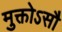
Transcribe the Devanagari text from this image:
मुक्तोऽसौ